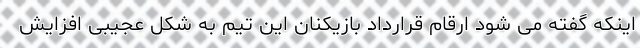
اینکه گفته می شود ارقام قرارداد بازیکنان این تیم به شکل عجیبی افزایش